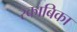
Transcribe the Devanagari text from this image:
रकाबिका